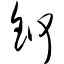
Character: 锕